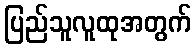
ပြည်သူလူထုအတွက်